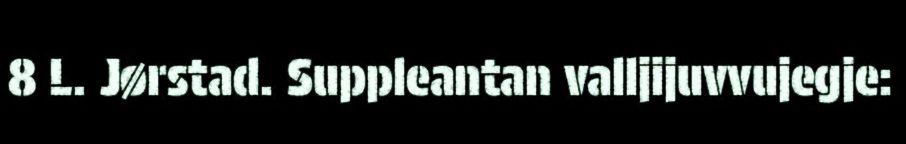
8 L. Jørstad. Suppleantan valljijuvvujegje: